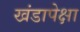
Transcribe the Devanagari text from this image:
खंडापेक्षा